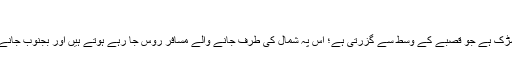
جولاءی انتیس
کاذبغی کی جان وہ سڑک ہے جو قصبے کے وسط سے گزرتی ہے؛ اس پہ شمال کی طرف جانے والے مسافر روس جا رہے ہوتے ہیں اور بجنوب جانے والے مسافر تبلیسی۔